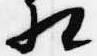
相